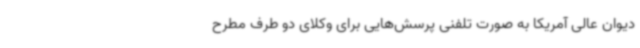
دیوان عالی آمریکا به صورت تلفنی پرسش‌هایی برای وکلای دو طرف مطرح